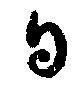
日